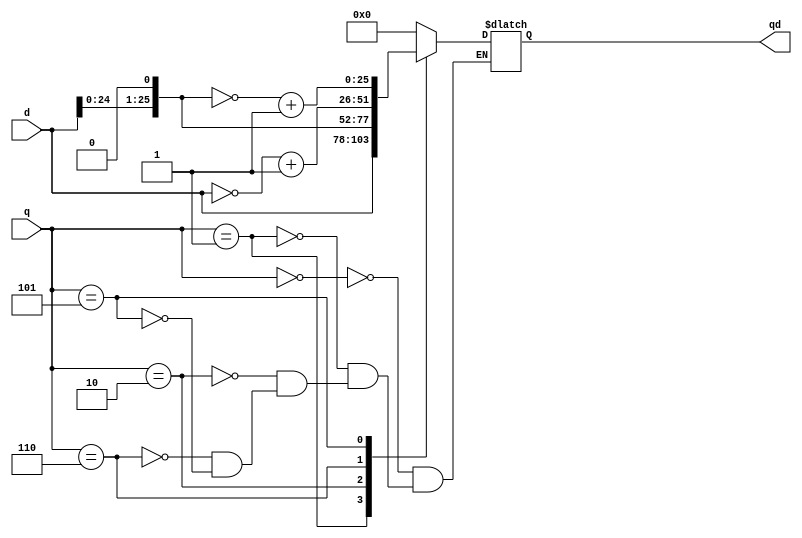
//This mosule is a ROM that stores all the possible product values

module products(input [2:0] q,
		input [25:0]d,
		output reg[25:0]qd
	       );
wire [25:0]  q2d, q_2d;

assign q2d = d << 1;
assign q_2d = ~q2d + 1'b1;

always @(q, d) begin
	case(q)
		3'b000 : qd <= 26'h0000_000;//q=0
		3'b001 : qd <= d; //q=1
		3'b010 : qd <= q2d;//q=2
		3'b110 : qd <= ~d + 1'b1;//q=-1
		3'b101 : qd <= q_2d;//q=-2
	endcase
end
endmodule